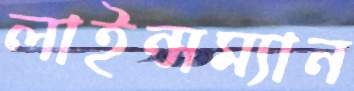
লাইন্সম্যান